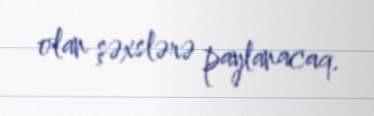
olan şəxslərə paylanacaq.